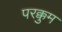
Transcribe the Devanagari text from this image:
परक्कुम